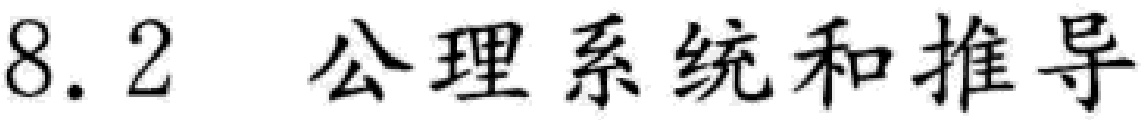
8.2 公理系统和推导